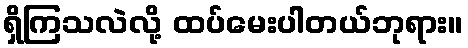
ရှိကြသလဲလို့ ထပ်မေးပါတယ်ဘုရား။